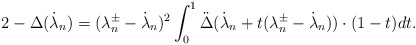
\begin{align*} 2- \Delta(\dot \lambda_n)= (\lambda_n^\pm-\dot\lambda_n)^2\int_0^1 \ddot \Delta(\dot \lambda_n+t(\lambda_n^\pm-\dot \lambda_n))\cdot (1-t)dt.\end{align*}